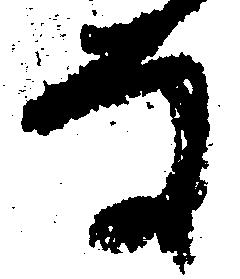
る